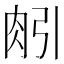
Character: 𦙢